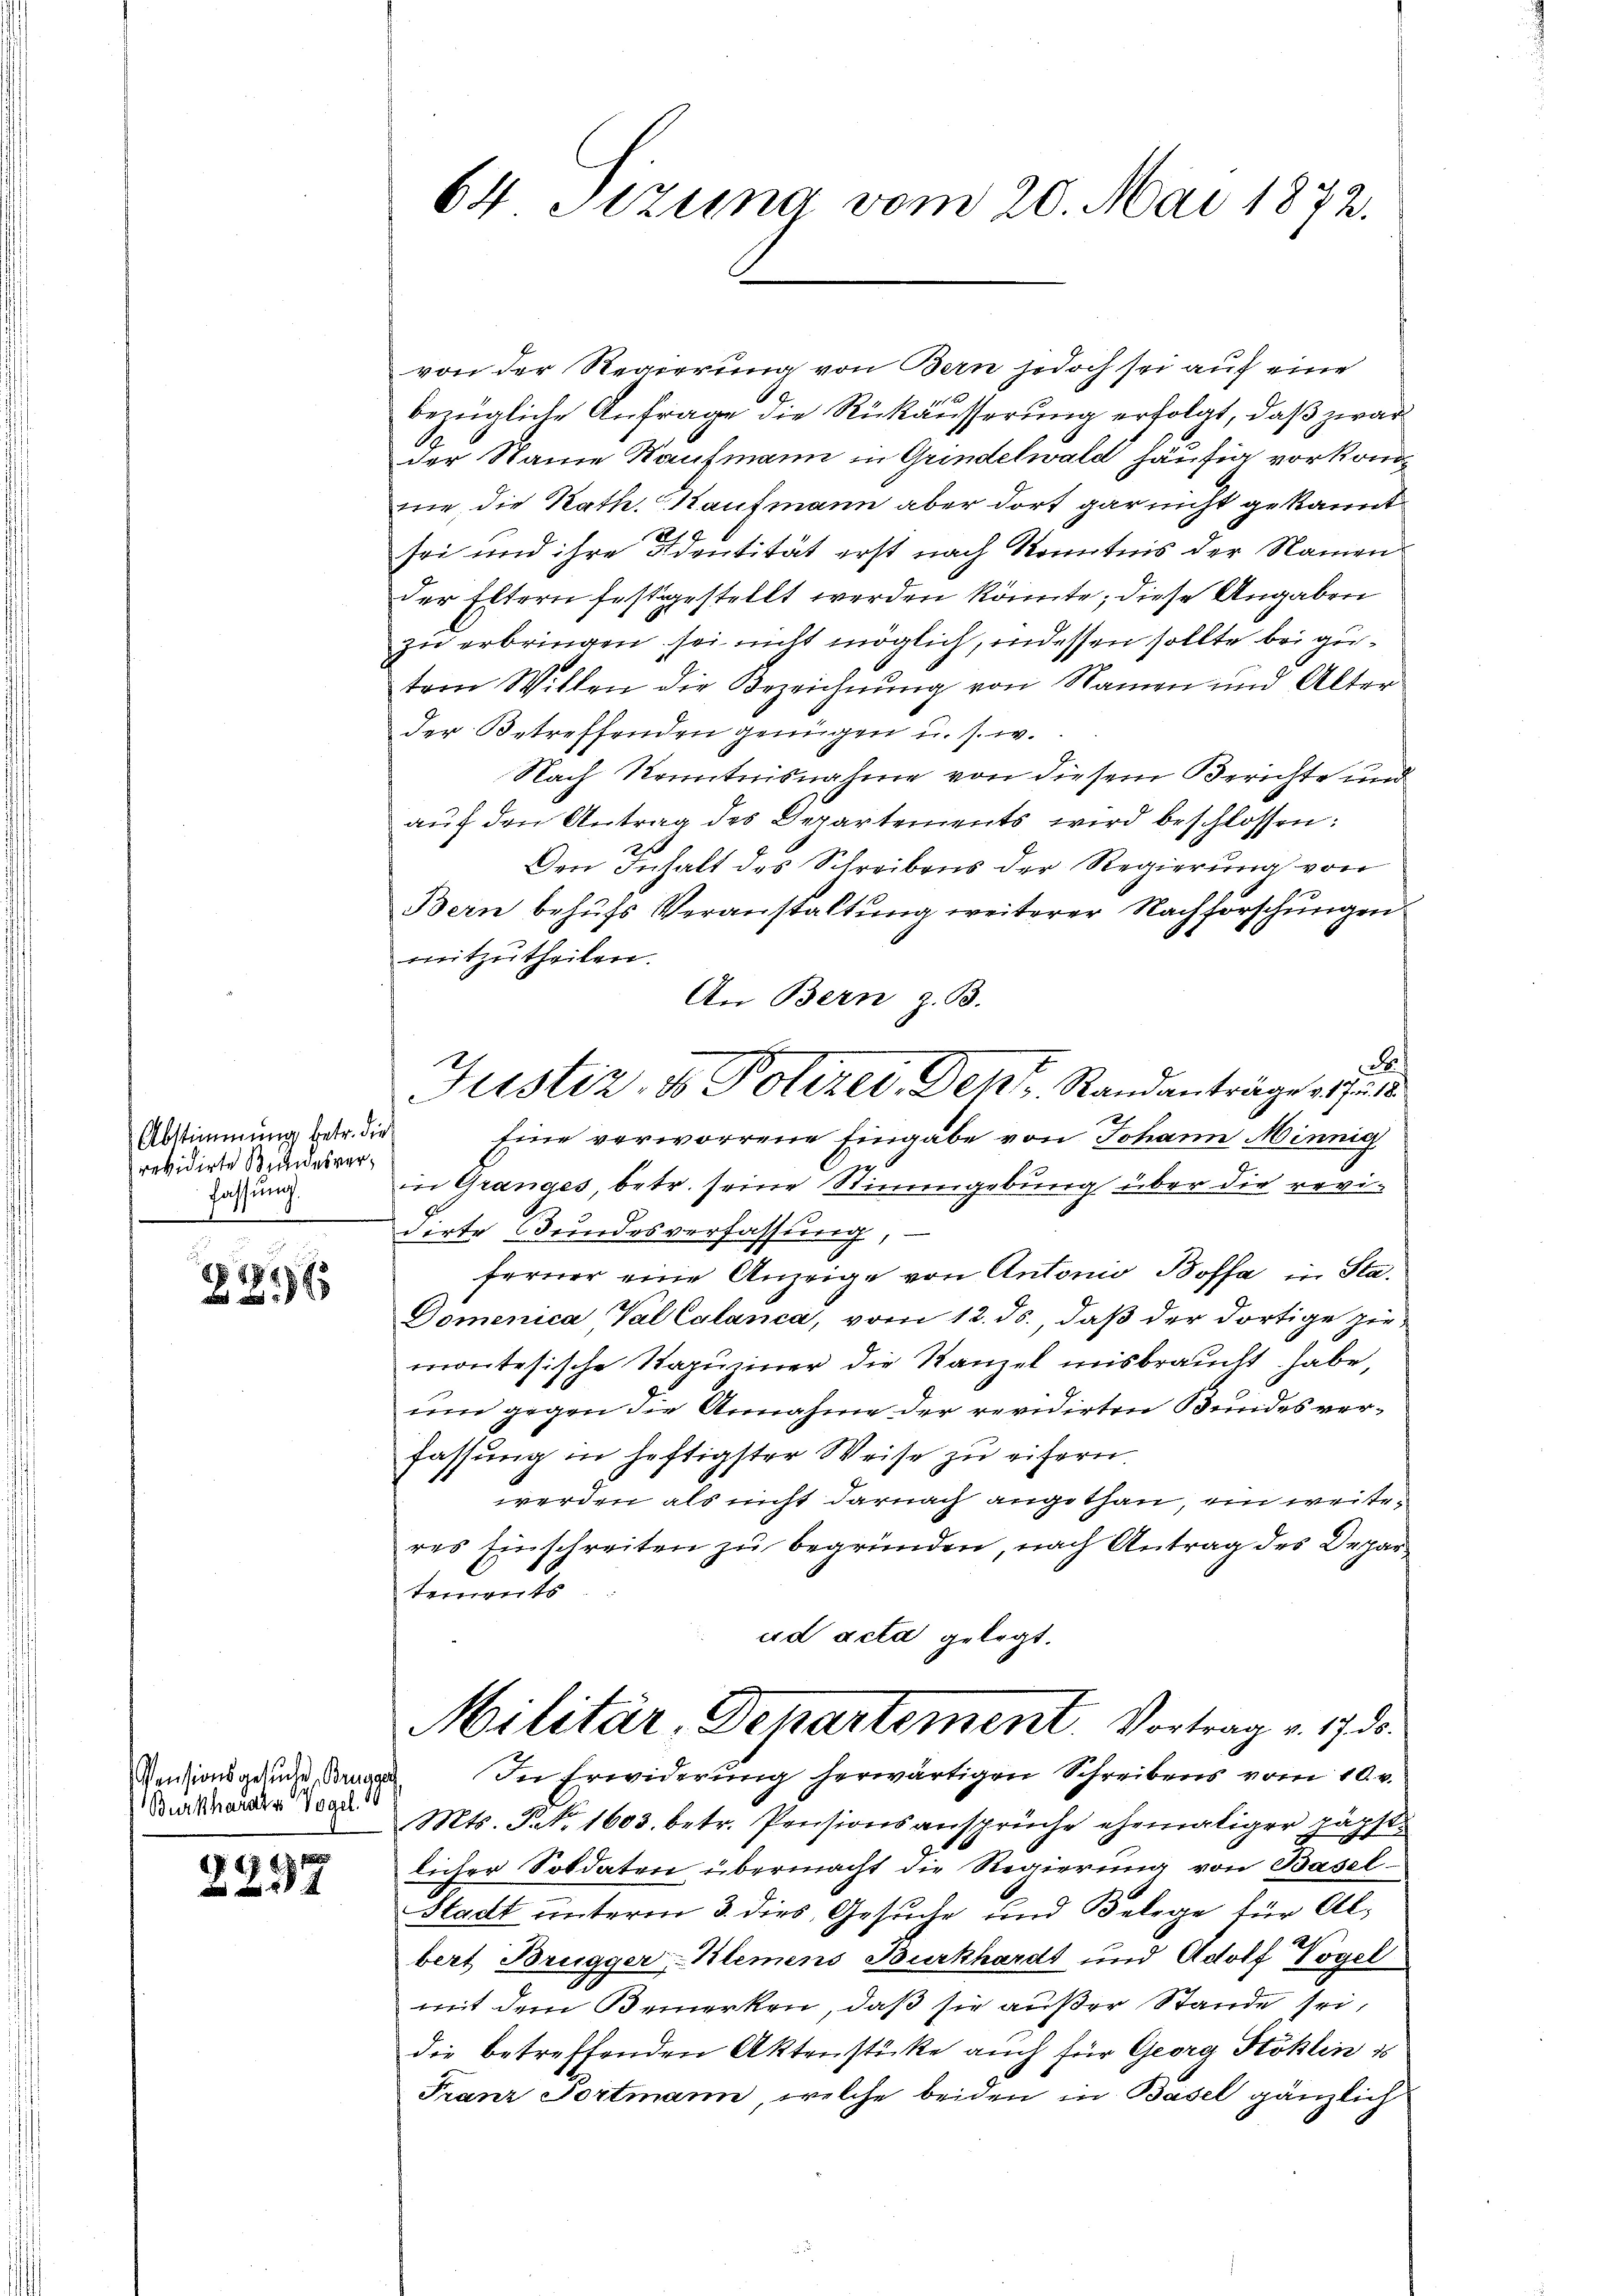
Abstimmung betr. die
revidirte Bundesverfassung.
.

18 x

Vensionsgesuche, Brugger
Burkhardts Vogel.

17

64 Sizung vom 20. Mai 1872.

von der Regierung von Bern jedoch sei auf eine
bezügliche Anfrage die Rükäusserung erfolgt, daß zwar
der Name Kaufmann in Grindelwald häufig vorkomnie die Rath. Kaufmann aber dort gar nicht gekannt
sei und ihre Identität erst nach Kenntnis der Namender Eltern festgestellt werden könnte; diese Angaben
zu erbringen sei nicht möglich, indessen sollte bei gutem Willen die Bezeichnung von Namen und Alter
der Betreffenden genügen u. s. w.
Nach Kenntnisnahme von diesem Berichte und
aŭf den Antrag des Departements wird beschlossen:
Den Inhalt des Schreibens der Regierung von
Bern behufs Veranstaltung weiterer Nachforschungen
mitzutheilen.
An Bern z. B.
B
Eine verworrene Eingabe von Johann Minnig
in Granges, betr. seine Stimmgebung über die revidirte Bundesverfassung
ferner eine Anzeige von Antonio Bossa in Sta¬
Domenica Val Calanca, vom 12. ds., daβ der dortige zie-
montesische Rapuziner die Kanzel misbraucht habe,
um gegen die Annahme der revidirten Bundesverfassung in heftigster Weise zu eifern
werden als nicht darnach angethan, ein weiteres Einschreiten zu begründen, nach Antrag des Departements
ud acta gelegt.
Militär-Departement. Vortrag v. 17. d.
In Erwiderung herwärtigen Schreibens vom 10. v.
Mts. P. Nr. 1603. betr. Pensionsansprüche ehemaliger päpst
licher Soldaten übermacht die Regierung von Basel-
Stadt unterm 3. dies Gesuche und Belege für Albert Brugger, Klemens Burkhardt und Adolf Vogel
mit dem Bemerken, daß sie außer Stande sei,
die betreffenden Aktenstücke auch für Georg Stoklin is
Franz Portmann, welche beiden in Basel gänzlich

Justiz- & Polizei Des Randanträge es für di